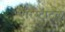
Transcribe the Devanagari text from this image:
एॅरिस्टॅाटल